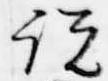
説